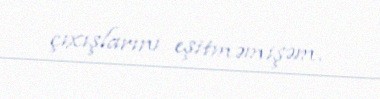
çıxışlarını eşitməmişəm.